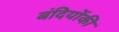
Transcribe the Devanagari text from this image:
बंदियोंकी